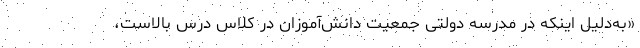
«به‌دلیل اینکه در مدرسه دولتی جمعیت دانش‌آموزان در کلاس درس بالاست،